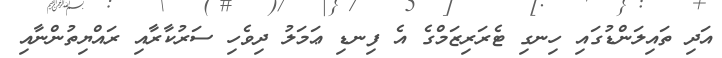
އަދި ތައިލަންޑުގައި ހިނގި ޓެރަރިޒަމްގެ އެ ފިނޑި ޢަމަލު ދިވެހި ސަރުކާރާއި ރައްޔިތުންނާއި